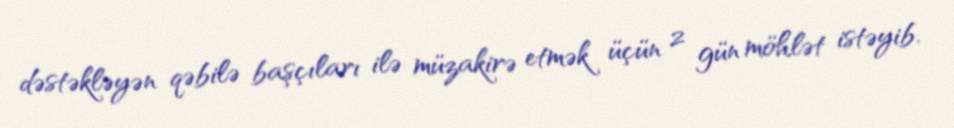
dəstəkləyən qəbilə başçıları ilə müzakirə etmək üçün 2 gün möhlət istəyib.